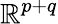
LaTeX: \mathbb{R}^{p+q}